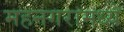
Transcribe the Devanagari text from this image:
महनगरामध्ये